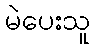
မဲပေးသူ